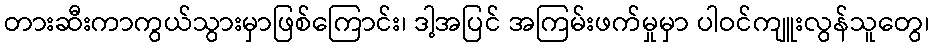
တားဆီးကာကွယ်သွားမှာဖြစ်ကြောင်း၊ ဒါ့အပြင် အကြမ်းဖက်မှုမှာ ပါဝင်ကျူးလွန်သူတွေ၊